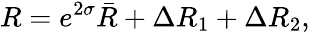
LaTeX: R=e^{2\sigma}\bar{R}+\Delta R_{1}+\Delta R_{2},